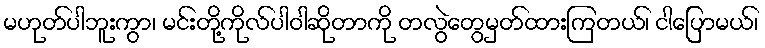
မဟုတ်ပါဘူးကွာ၊ မင်းတို့ကိုလ်ပါဝါဆိုတာကို တလွဲတွေမှတ်ထားကြတယ်၊ ငါပြောမယ်၊